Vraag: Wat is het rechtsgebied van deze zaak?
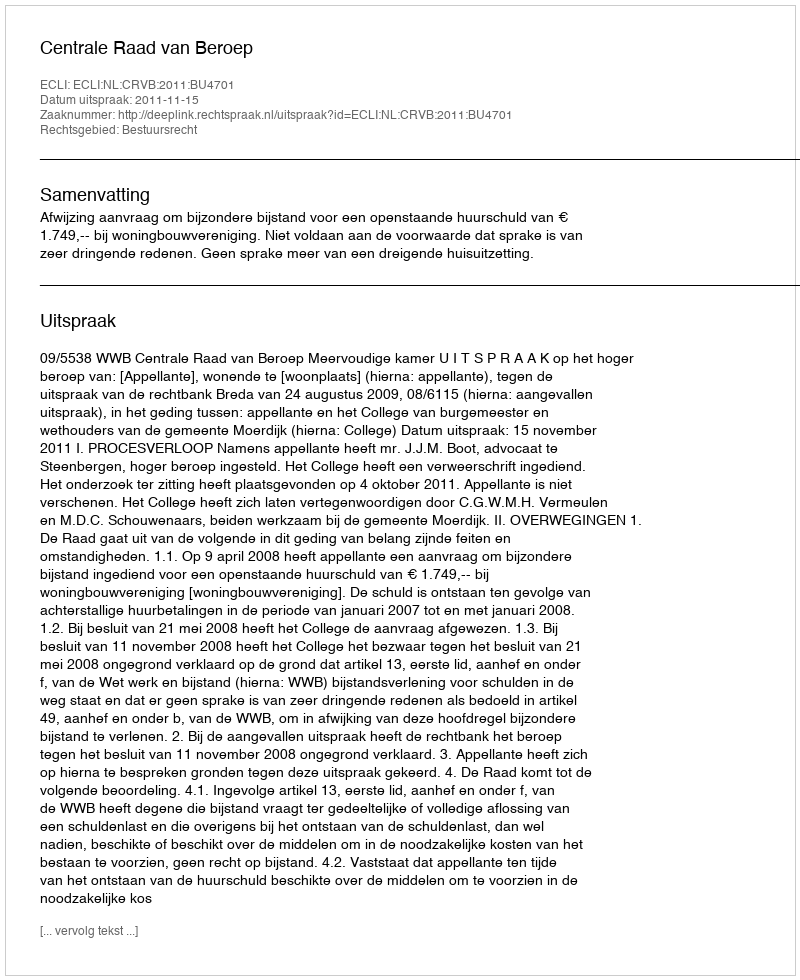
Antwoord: Bestuursrecht